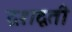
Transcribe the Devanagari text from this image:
द्रशद्वती